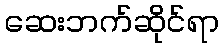
ဆေးဘက်ဆိုင်ရာ